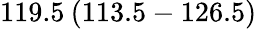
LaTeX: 119.5\: (113.5-126.5)